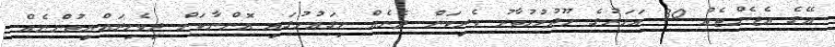
އޭގެ އެޖެންޓެއް 30 އަހަރުގެ ހޫދުމުހުތާރު ވެރިކަން ދެނެއް މިގައުމުގައި އޮންނާކަށް ދިިވެހިރައްޔިތުންނެއް